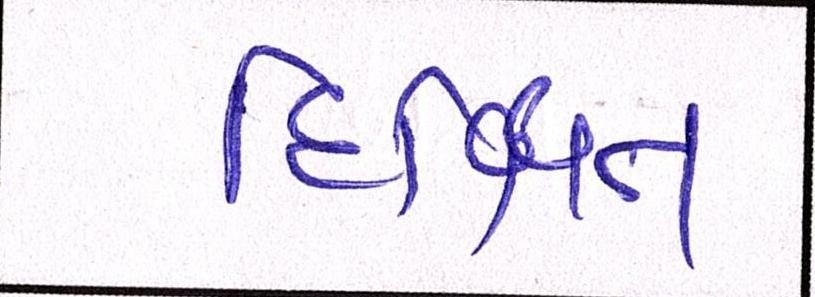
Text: દિક્ષિત